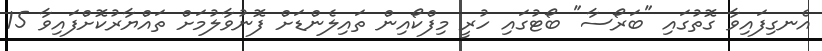
އެނގިފައިވާ ގޮތުގައި "ބަރޯސާ" ބޯޓުގައި ހުރީ މިފްކޯއިން ތައިލެންޑަށް ފޮނުވާލުމަށް ތައްޔާރުކޮށްފައިވާ 15